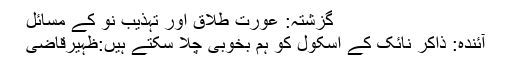
گزشتہ: عورت طلاق اور تہذیب نو کے مسائل
آئندہ: ذاکر نائک کے اسکول کو ہم بخوبی چلا سکتے ہیں:ظہیرقاضی